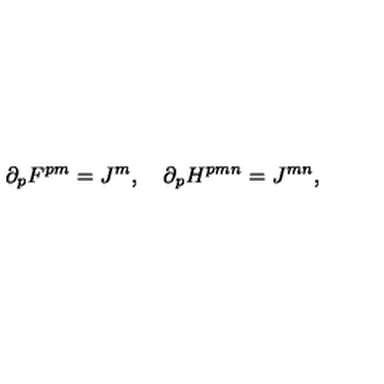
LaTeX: \partial _ { p } F ^ { p m } = J ^ { m } , \quad \partial _ { p } H ^ { p m n } = J ^ { m n } ,